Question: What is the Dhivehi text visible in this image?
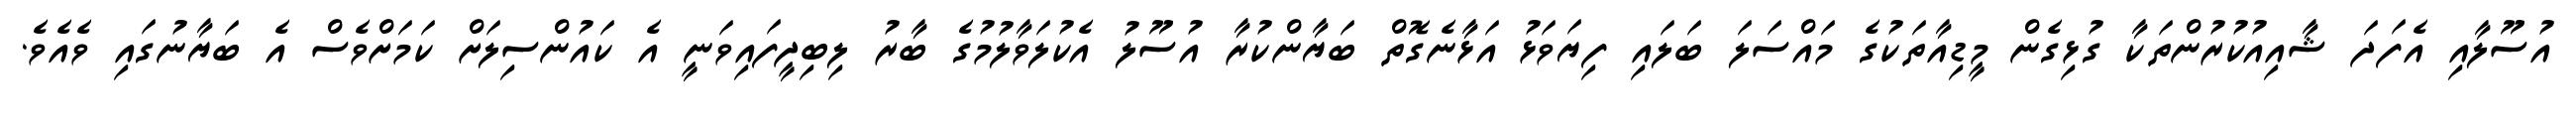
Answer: އުސޫލާއި އެފަދަ ޝާއިއުކުރުންތަކާ ގުޅިގެން މީޑިއާތަކުގެ މައްސަލަ ބަލައި ފިޔަވަޅު އަޅާނެގޮތް ބަޔާންކުރާ އުސޫލު އެކުލަވާލުމުގެ ބާރު ލިބިދީފައިވަނީ އެ ކައުންސިލަށް ކަމަށްވެސް އެ ބަޔާނުގައި ވެއެވެ.